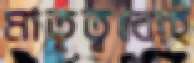
মাতৃত্বকেই